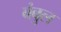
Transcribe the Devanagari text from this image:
बंबुल